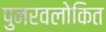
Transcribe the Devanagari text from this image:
पुनरवलोकित